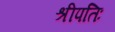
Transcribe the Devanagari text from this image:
श्रीपतिः